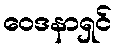
ဝေဒနာရှင်